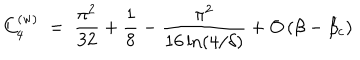
LaTeX: C _ { 4 } ^ { ( \mathrm { w } ) } \; = \; { \frac { \pi ^ { 2 } } { 3 2 } } + { \frac { 1 } { 8 } } - { \frac { \pi ^ { 2 } } { 1 6 \ln ( 4 / \delta ) } } + O \left( \beta - \beta _ { c } \right)